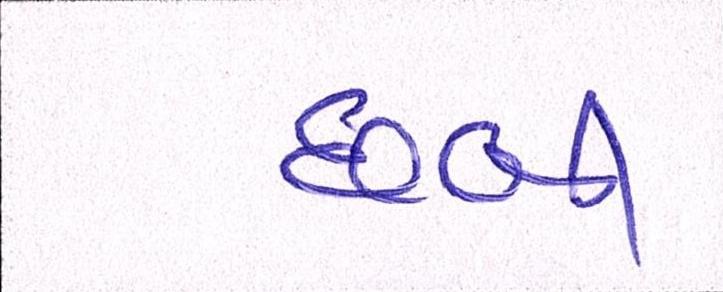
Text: છબિ